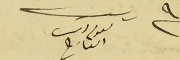
رىس ىعوم دىب العارح